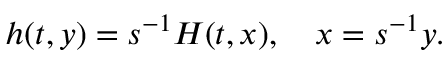
h ( t , y ) = s ^ { - 1 } H ( t , x ) , \quad x = s ^ { - 1 } y .